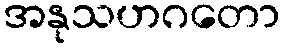
အနုသဟဂတော